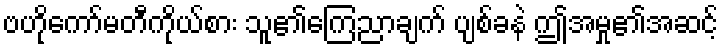
ဗဟိုကော်မတီကိုယ်စား သူ၏ကြေညာချက် ပျစ်ခနဲ ဤအမှု၏အဆင့်